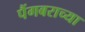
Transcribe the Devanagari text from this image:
पैंगबराच्या